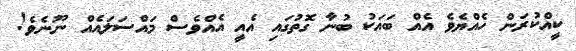
ކީއްކުރަން ހެއްޔެވެ އެއް ބައަކު ބުނާ ގޮތުގައި އެއީ އެއްވެސް މައްސަލައެއް ނޫނެވެ!